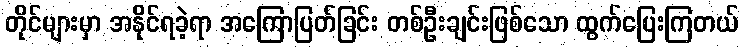
တိုင်များမှာ အနိုင်ရခဲ့ရာ အကြောပြတ်ခြင်း တစ်ဦးချင်းဖြစ်သော ထွက်ပြေးကြတယ်